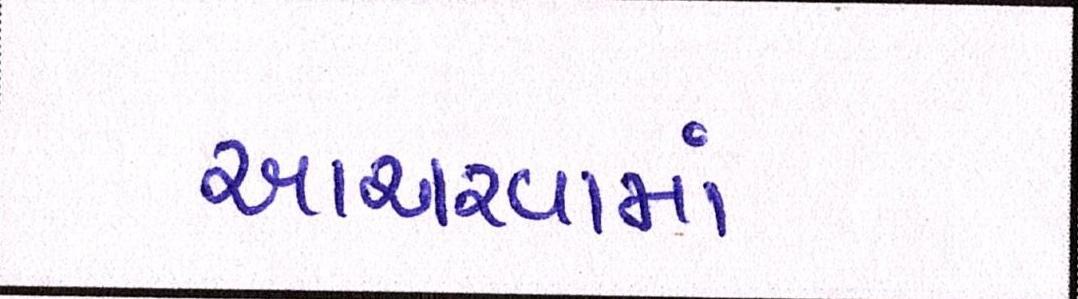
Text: આચરવામાં